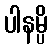
ပါနမ္ပိ